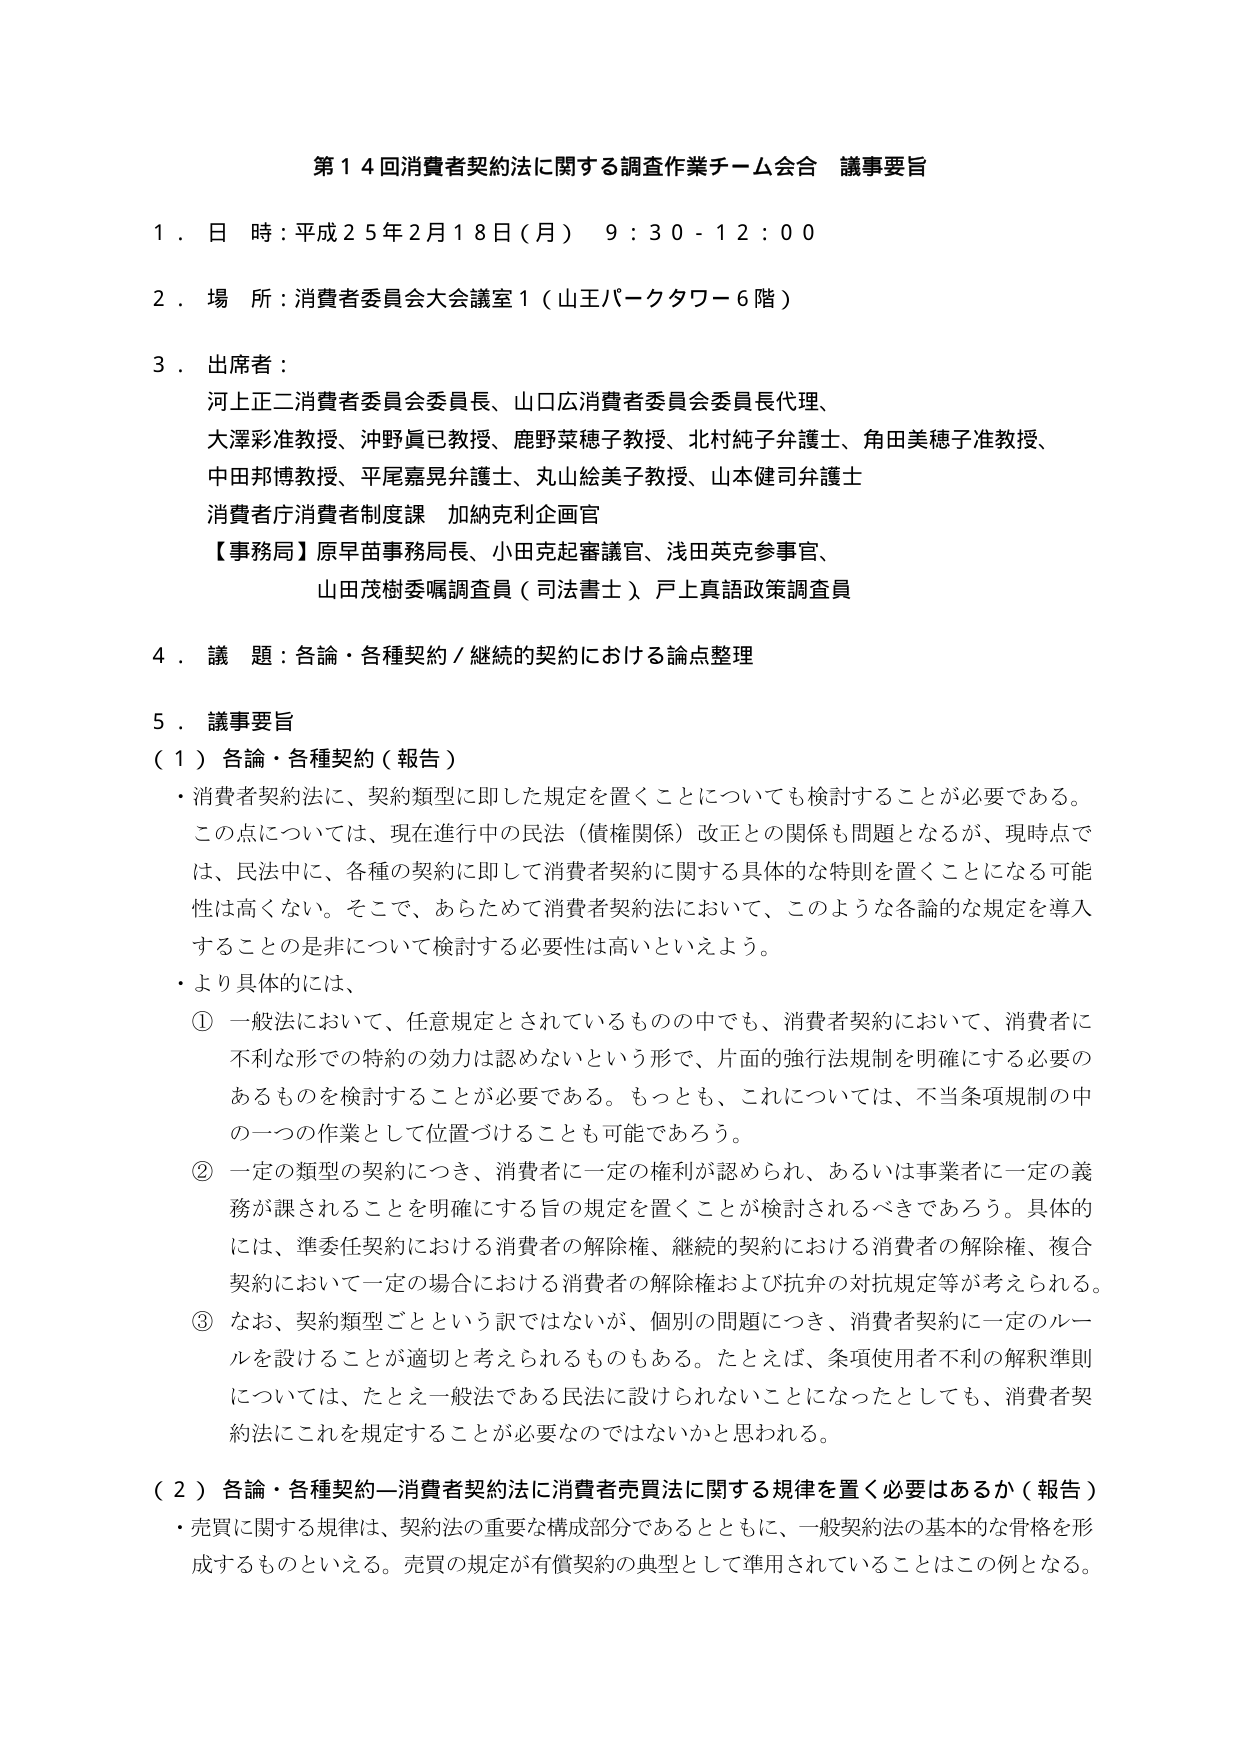
第１４回消費者契約法に関する調査作業チーム会合 議事要旨

１．日 時：平成２５年２月１８日（月） ９：３０－１２：００

２．場 所：消費者委員会大会議室１（山王パークタワー６階）

３．出席者：
河上正二消費者委員会委員長、山口広消費者委員会委員長代理、
大澤彩准教授、沖野眞巳教授、鹿野菜穂子教授、北村純子弁護士、角田美穂子准教授、
中田邦博教授、平尾嘉晃弁護士、丸山絵美子教授、山本健司弁護士
消費者庁消費者制度課 加納克利企画官
【事務局】原早苗事務局長、小田克起審議官、浅田英克参事官、
山田茂樹委嘱調査員（司法書士）戸上真語政策調査員

４．議 題：各論・各種契約／継続的契約における論点整理

５．議事要旨
（１）各論・各種契約（報告）
・消費者契約法に、契約類型に即した規定を置くことについても検討することが必要である。
この点については、現在進行中の民法（債権関係）改正との関係も問題となるが、現時点では、民法中に、各種の契約に即して消費者契約に関する具体的な特則を置くことになる可能性は高くない。そこで、あらためて消費者契約法において、このような各論的な規定を導入することの是非について検討する必要性は高いといえよう。
・より具体的には、
① 一般法において、任意規定とされているものの中でも、消費者契約において、消費者に不利な形での特約の効力は認めないという形で、片面的強行法規制を明確にする必要のあるものを検討することが必要である。もっとも、これについては、不当条項規制の中の一つの作業として位置づけることも可能であろう。
② 一定の類型の契約につき、消費者に一定の権利が認められ、あるいは事業者に一定の義務が課されることを明確にする旨の規定を置くことが検討されるべきであろう。具体的には、準委任契約における消費者の解除権、継続的契約における消費者の解除権、複合契約において一定の場合における消費者の解除権および抗弁の対抗規定等が考えられる。
③ なお、契約類型ごとという訳ではないが、個別の問題につき、消費者契約に一定のルールを設けることが適切と考えられるものもある。たとえば、条項使用者不利の解釈準則については、たとえ一般法である民法に設けられないことになったとしても、消費者契約法にこれを規定することが必要なのではないかと思われる。

（２）各論・各種契約－消費者契約法に消費者売買法に関する規律を置く必要はあるか（報告）
・売買に関する規律は、契約法の重要な構成部分であるとともに、一般契約法の基本的な骨格を形成するものといえる。売買の規定が有償契約の典型として準用されていることはこの例となる。